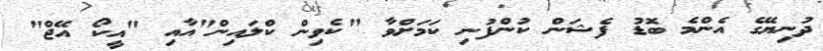
ދުނިޔޭގެ އެންމެ ބޮޑު ފެޝަން ކުންފުނި ކަމަށްވާ "ކެވިން ކްލައިން"އާއި "އީކޯ އޭޖް"